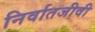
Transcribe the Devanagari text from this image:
निर्वातजीवी